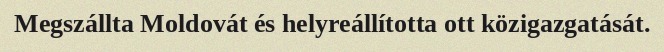
Megszállta Moldovát és helyreállította ott közigazgatását.